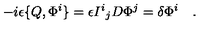
- i \epsilon \{ Q , \Phi ^ { i } \} = \epsilon { I ^ { i } } _ { j } D \Phi ^ { j } = \delta \Phi ^ { i } \quad .